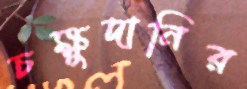
চক্ষুদানির